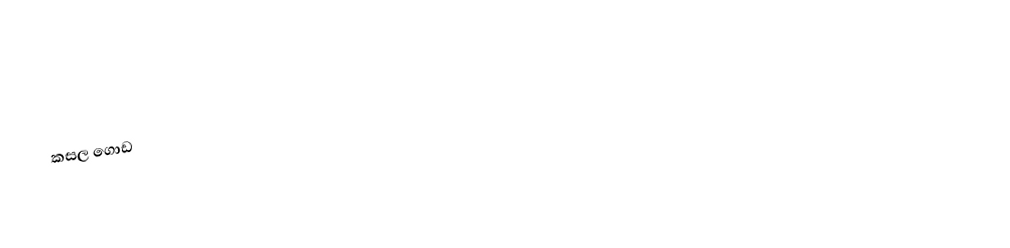
කසල ගොඩ